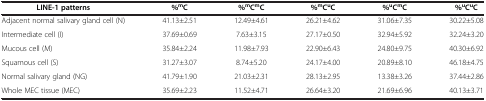
<table><thead><tr><td><b>LINE-1 patterns</b></td><td><b>%<sup>m</sup>C</b></td><td><b>%<sup>m</sup>C<sup>m</sup>C</b></td><td><b>%<sup>m</sup>C<sup>u</sup>C</b></td><td><b>%<sup>u</sup>C<sup>m</sup>C</b></td><td><b>%<sup>u</sup>C<sup>u</sup>C</b></td></tr></thead><tbody><tr><td>Adjacent normal salivary gland cell (N)</td><td>41.13±2.51</td><td>12.49±4.61</td><td>26.21±4.62</td><td>31.06±7.35</td><td>30.22±5.08</td></tr><tr><td>Intermediate cell (I)</td><td>37.69±0.69</td><td>7.63±3.15</td><td>27.17±0.50</td><td>32.94±5.92</td><td>32.24±3.20</td></tr><tr><td>Mucous cell (M)</td><td>35.84±2.24</td><td>11.98±7.93</td><td>22.90±6.43</td><td>24.80±9.75</td><td>40.30±6.92</td></tr><tr><td>Squamous cell (S)</td><td>31.27±3.07</td><td>8.74±5.20</td><td>24.17±4.00</td><td>20.89±8.10</td><td>46.18±4.75</td></tr><tr><td>Normal salivary gland (NG)</td><td>41.79±1.90</td><td>21.03±2.31</td><td>28.13±2.95</td><td>13.38±3.26</td><td>37.44±2.86</td></tr><tr><td>Whole MEC tissue (MEC)</td><td>35.69±2.23</td><td>11.52±4.71</td><td>26.64±3.20</td><td>21.69±6.96</td><td>40.13±3.71</td></tr></tbody></table>